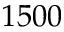
1 5 0 0